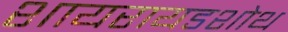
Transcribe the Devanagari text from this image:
शायरायडशोथ